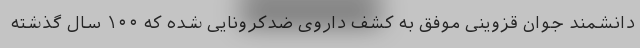
دانشمند جوان قزوینی موفق به کشف داروی ضدکرونایی شده که ۱۰۰ سال گذشته